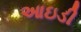
આઇડી